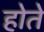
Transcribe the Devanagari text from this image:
होते